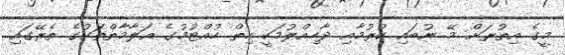
މީގެ އިތުރަށް މޭ ނުބައި ކުރުމާއި ދާހިއްލުމަކީ ހިތް ހުއްޓުމުގެ އަލާމާތްތަކުގެ ތެރޭގައި